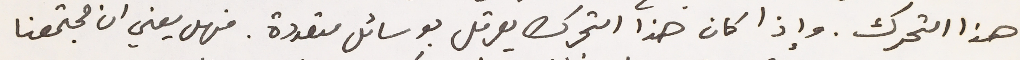
هذا التحرك. وإذا كان هذا التحرك يعرقل بوسائل متعددة. فهل يعني ان مجتمعنا